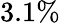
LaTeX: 3.1\%